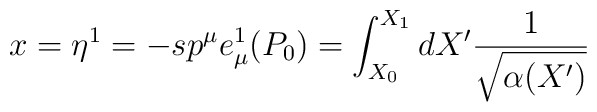
x=\eta^1 = -sp^{\mu}e^1_{\mu}(P_0)=\int^{X_1}_{X_0}dX' \frac{1}{\sqrt{\alpha(X')}}